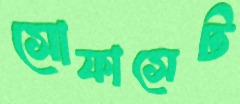
সোফাসেট